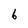
Character: b